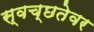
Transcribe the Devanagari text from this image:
स्वच्छतेवर